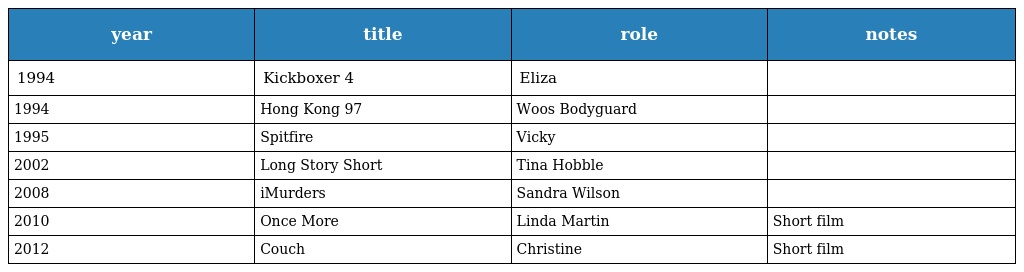
| year | title | role | notes |
 | --- | --- | --- | --- |
 | 1994 | Kickboxer 4 | Eliza |  |
 | 1994 | Hong Kong 97 | Woos Bodyguard |  |
 | 1995 | Spitfire | Vicky |  |
 | 2002 | Long Story Short | Tina Hobble |  |
 | 2008 | iMurders | Sandra Wilson |  |
 | 2010 | Once More | Linda Martin | Short film |
 | 2012 | Couch | Christine | Short film |